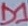
Text: D1